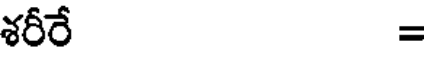
శరీరే =